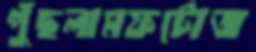
পুঁছলামফটোজ